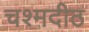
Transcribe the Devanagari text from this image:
चश्मदीठ